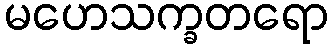
မဟေသက္ခတရော